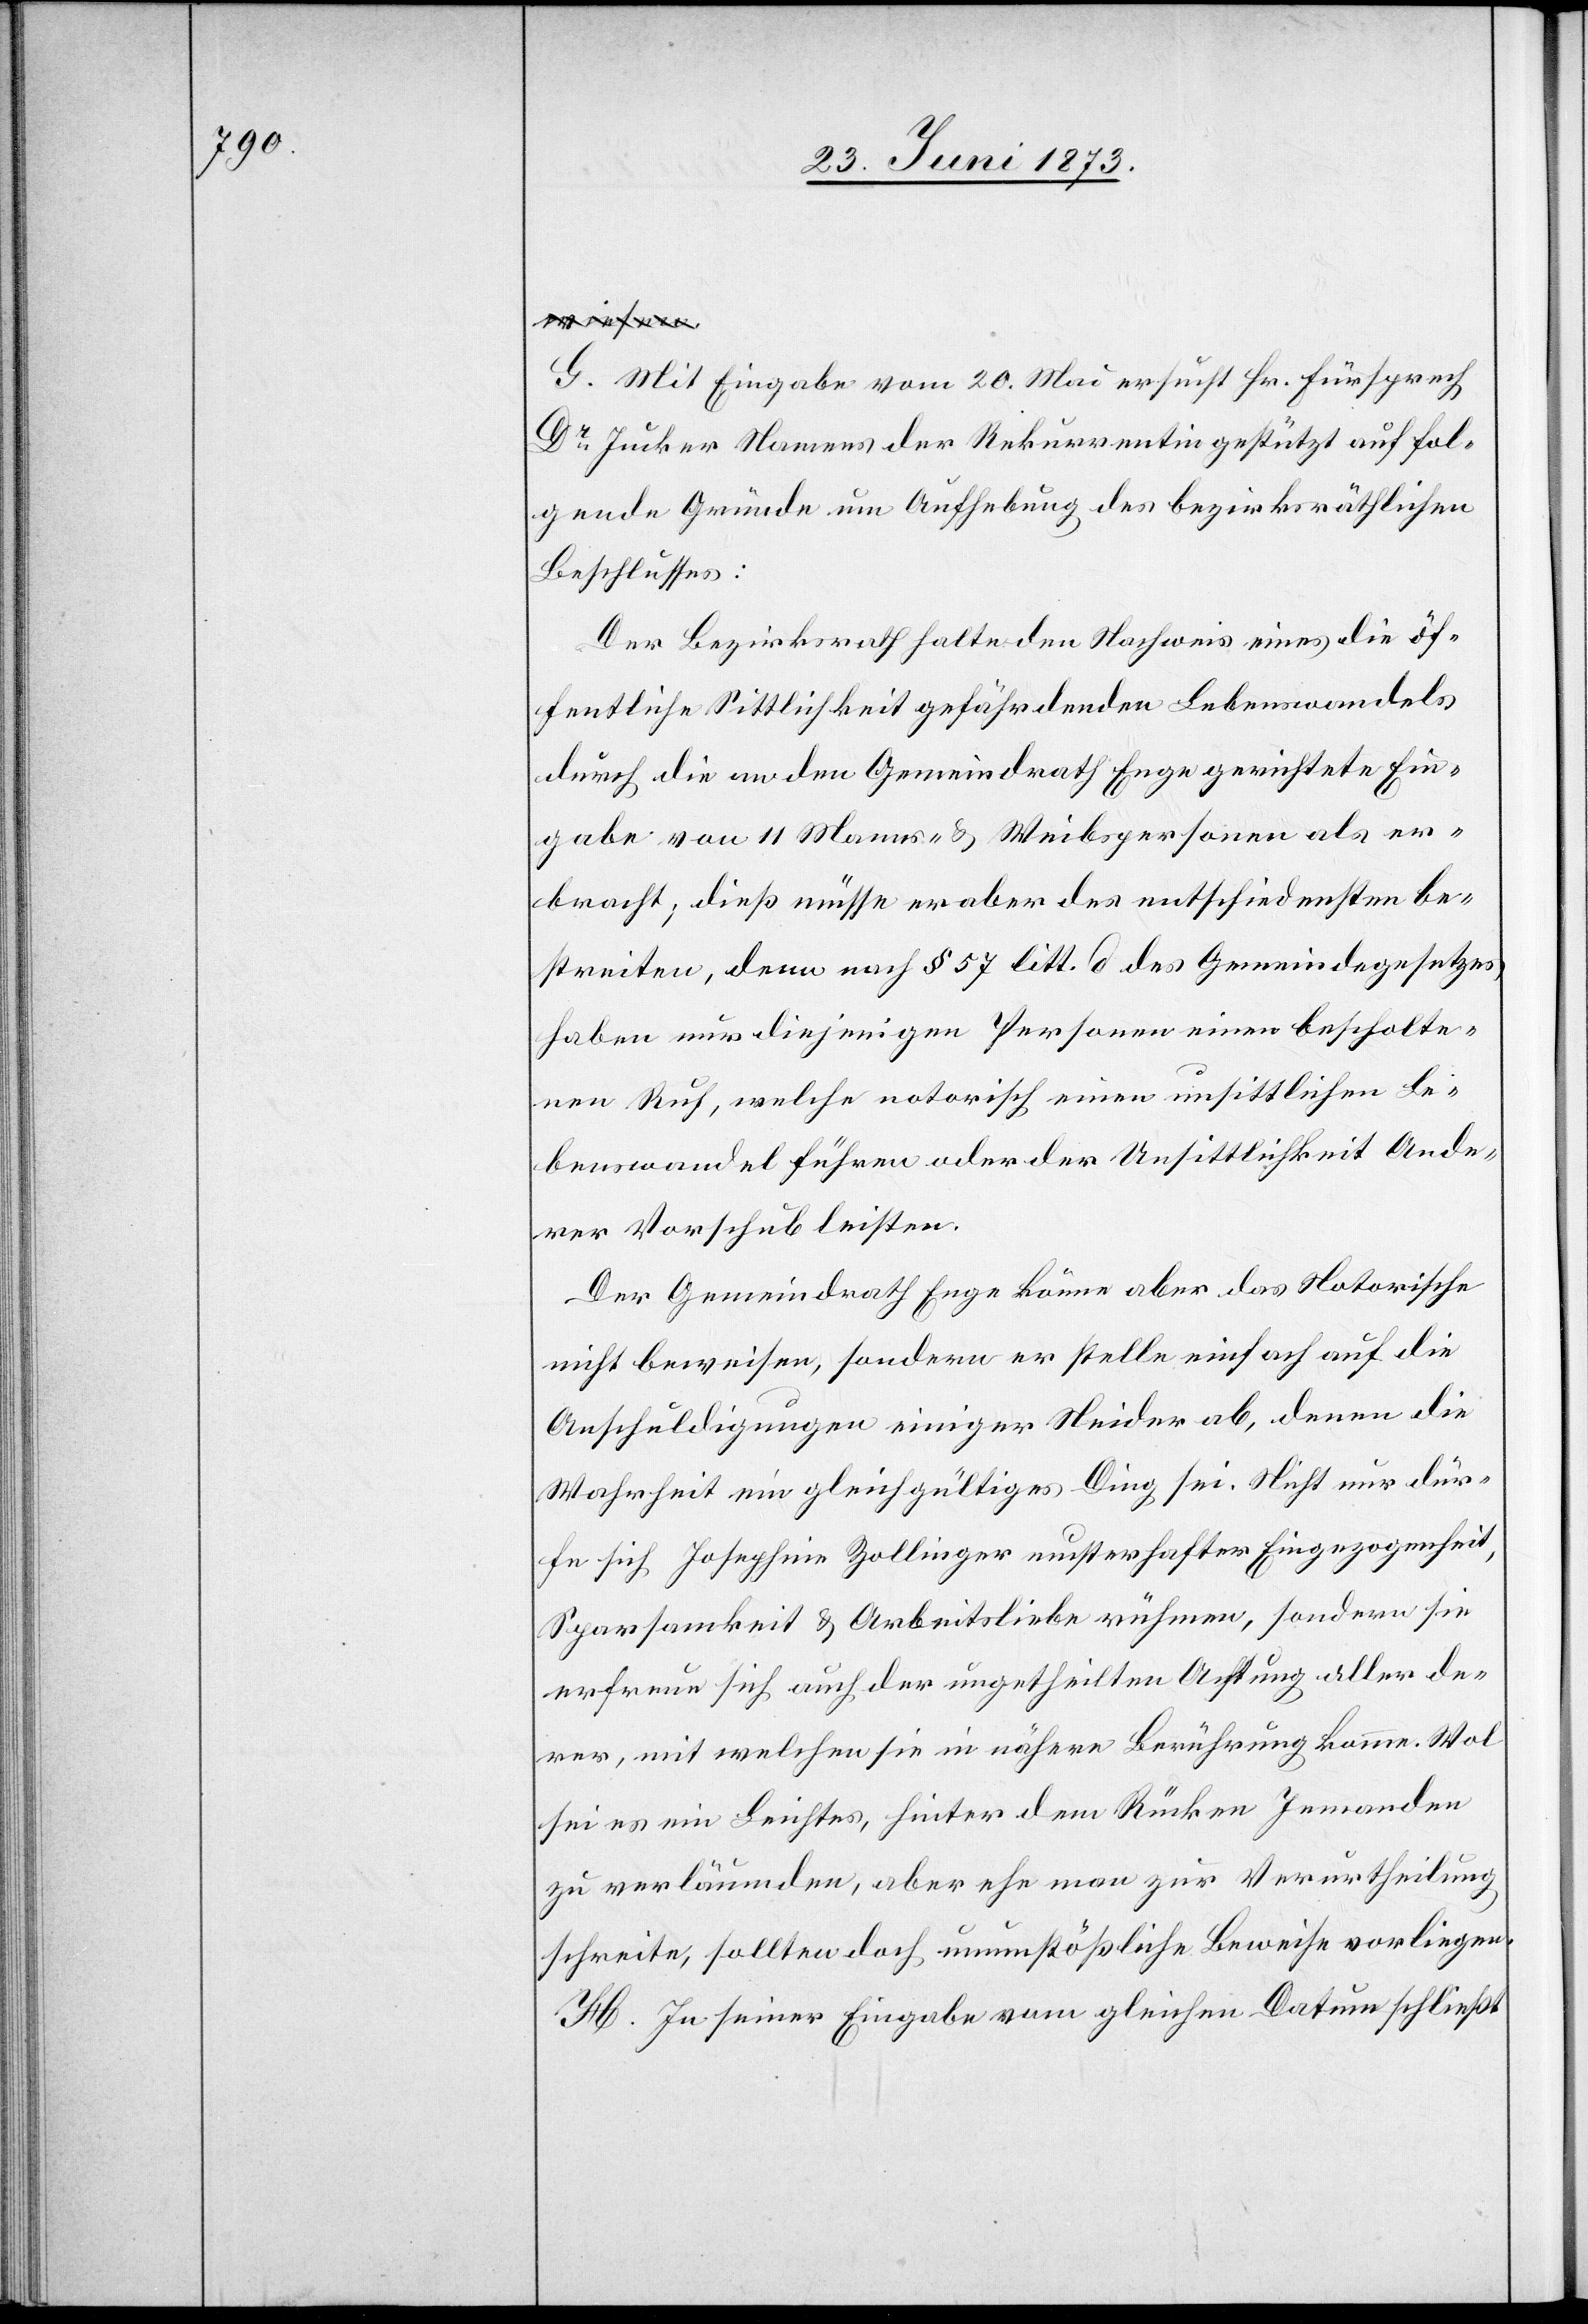
G. Mit Eingabe vom 20. Mai ersucht Hr. Fürsprech
Dr Jucker Namens der Rekurrentin gestützt auf fol¬
gende Gründe um Aufhebung des bezirksräthlichen
Beschlusses:
Der Bezirksrath halte den Nachweis eines die öf¬
fentliche Sittlichkeit gefährdenden Lebenswandels
durch die an den Gemeindrath Enge gerichtete Ein¬
gabe von 11 Manns- & Weibspersonen als er¬
bracht; dieß müsse er aber des entschiedensten be¬
streiten, denn nach § 57 litt. d des Gemeindegesetzes
haben nur diejenigen Personen einen bescholte¬
nen Ruf, welche notorisch einen unsittlichen Le¬
benswandel führen oder der Unsittlichkeit Ande¬
rer Vorschub leisten.
Der Gemeindrath Enge könne aber das Notorische
nicht beweisen, sondern er stelle einfach auf die
Anschuldigungen einiger Neider ab, denen die
Wahrheit ein gleichgültiges Ding sei. Nicht nur dür¬
fe sich Josephine Zollinger musterhafter Eingezogenheit,
Sparsamkeit & Arbeitsliebe rühmen, sondern sie
erfreue sich auch der ungetheilten Achtung aller de¬
rer, mit welchen sie in nähere Berührung komme. Wol
sei es ein Leichtes, hinter dem Rücken Jemanden
zu verläumden, aber ehe man zur Verurtheilung
schreite, sollten doch unumstößliche Beweise vorliegen.
H. In seiner Eingabe vom gleichen Datum schließt